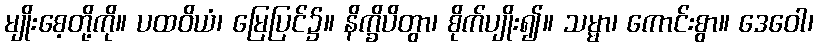
မျိုးစေ့တို့ကို။ ပထဝိယံ၊ မြေပြင်၌။ နိက္ခိပိတွာ၊ စိုက်ပျိုး၍။ သမ္မာ၊ ကောင်းစွာ။ ဒေဝေါ၊